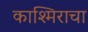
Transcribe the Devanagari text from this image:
काश्मिराचा